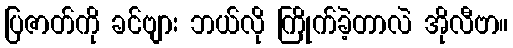
ပြဇာတ်ကို ခင်ဗျား ဘယ်လို ကြိုက်ခဲ့တာလဲ အိုလီဗာ။